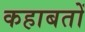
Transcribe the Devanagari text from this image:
कहाबतों